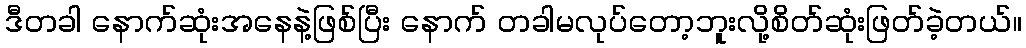
ဒီတခါ နောက်ဆုံးအနေနဲ့ဖြစ်ပြီး နောက် တခါမလုပ်တော့ဘူးလို့စိတ်ဆုံးဖြတ်ခဲ့တယ်။